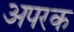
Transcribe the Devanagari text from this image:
अपरक